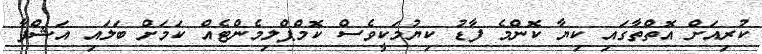
ކުރިއަށް އޮތްތާގައި ކިޔާ ކޮންމެ ފާޑު ކިޔުމަކީވެސް ކޮމްޕްލިމެންޓެއް ކަމަށް ބަލައި އަޝްފާ